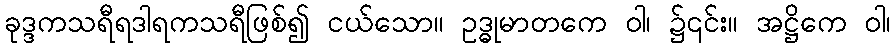
ခုဒ္ဒကသရီရဒါရကသရီဖြစ်၍ ငယ်သော။ ဥဒ္ဓုမာတကေ ဝါ၊ ၌၎င်း။ အဋ္ဌိကေ ဝါ၊